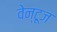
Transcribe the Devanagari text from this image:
वेन्टूज